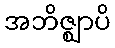
အဘိဇ္ဈာပိ